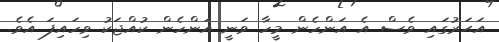
އަޙަރުގައި ވެސް އެ އަންހެން މީހާ ވަނީ އަންހެން ކުއްޖަކު ވިހައިފަ އެވެ.